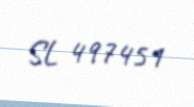
SL 497451